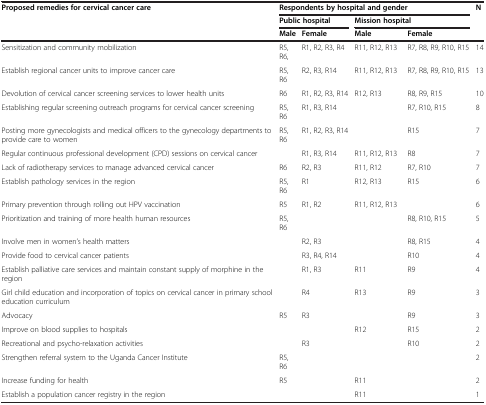
<table><thead><tr><td><b>Proposed remedies for cervical cancer care</b></td><td colspan="4"><b>Respondents by hospital and gender</b></td><td><b>N</b></td></tr><tr><td><b> </b></td><td colspan="2"><b>Public hospital</b></td><td colspan="2"><b>Mission hospital</b></td><td><b> </b></td></tr><tr><td><b> </b></td><td><b>Male</b></td><td><b>Female</b></td><td><b>Male</b></td><td><b>Female</b></td><td><b> </b></td></tr></thead><tbody><tr><td>Sensitization and community mobilization</td><td>R5, R6,</td><td>R1, R2, R3, R4</td><td>R11, R12, R13</td><td>R7, R8, R9, R10, R15</td><td>14</td></tr><tr><td>Establish regional cancer units to improve cancer care</td><td>R5, R6</td><td>R2, R3, R14</td><td>R11, R12, R13</td><td>R7, R8, R9, R10, R15</td><td>13</td></tr><tr><td>Devolution of cervical cancer screening services to lower health units</td><td>R6</td><td>R1, R2, R3, R14</td><td>R12, R13</td><td>R8, R9, R15</td><td>10</td></tr><tr><td>Establishing regular screening outreach programs for cervical cancer screening</td><td>R5, R6</td><td>R1, R3, R14</td><td> </td><td>R7, R10, R15</td><td>8</td></tr><tr><td>Posting more gynecologists and medical officers to the gynecology departments to provide care to women</td><td>R5, R6</td><td>R1, R2, R3, R14</td><td> </td><td>R15</td><td>7</td></tr><tr><td>Regular continuous professional development (CPD) sessions on cervical cancer</td><td> </td><td>R1, R3, R14</td><td>R11, R12, R13</td><td>R8</td><td>7</td></tr><tr><td>Lack of radiotherapy services to manage advanced cervical cancer</td><td>R6</td><td>R2, R3</td><td>R11, R12</td><td>R7, R10</td><td>7</td></tr><tr><td>Establish pathology services in the region</td><td>R5, R6</td><td>R1</td><td>R12, R13</td><td>R15</td><td>6</td></tr><tr><td>Primary prevention through rolling out HPV vaccination</td><td>R5</td><td>R1, R2</td><td>R11, R12, R13</td><td> </td><td>6</td></tr><tr><td>Prioritization and training of more health human resources</td><td>R5, R6</td><td> </td><td> </td><td>R8, R10, R15</td><td>5</td></tr><tr><td>Involve men in women’s health matters</td><td> </td><td>R2, R3</td><td> </td><td>R8, R15</td><td>4</td></tr><tr><td>Provide food to cervical cancer patients</td><td> </td><td>R3, R4, R14</td><td> </td><td>R10</td><td>4</td></tr><tr><td>Establish palliative care services and maintain constant supply of morphine in the region</td><td> </td><td>R1, R3</td><td>R11</td><td>R9</td><td>4</td></tr><tr><td>Girl child education and incorporation of topics on cervical cancer in primary school education curriculum</td><td> </td><td>R4</td><td>R13</td><td>R9</td><td>3</td></tr><tr><td>Advocacy</td><td>R5</td><td>R3</td><td> </td><td>R9</td><td>3</td></tr><tr><td>Improve on blood supplies to hospitals</td><td> </td><td> </td><td>R12</td><td>R15</td><td>2</td></tr><tr><td>Recreational and psycho-relaxation activities</td><td> </td><td>R3</td><td> </td><td>R10</td><td>2</td></tr><tr><td>Strengthen referral system to the Uganda Cancer Institute</td><td>R5, R6</td><td> </td><td> </td><td> </td><td>2</td></tr><tr><td>Increase funding for health</td><td>R5</td><td> </td><td>R11</td><td> </td><td>2</td></tr><tr><td>Establish a population cancer registry in the region</td><td> </td><td> </td><td>R11</td><td> </td><td>1</td></tr></tbody></table>